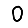
Digit: 0